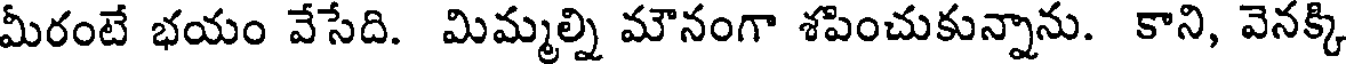
మీరంటే భయం వేసేది. మిమ్మల్ని మౌనంగా శపించుకున్నాను. కాని, వెనక్కి